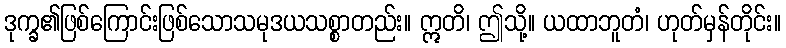
ဒုက္ခ၏ဖြစ်ကြောင်းဖြစ်သောသမုဒယသစ္စာတည်း။ ဣတိ၊ ဤသို့။ ယထာဘူတံ၊ ဟုတ်မှန်တိုင်း။